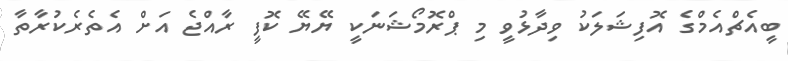
ބީއެޗްއެމްގެ އޮފިޝަލަކު ވިދާޅުވީ މި ޕްރޮމޯޝަނަކީ ޔޭޔޭ ކޮފީ ރާއްޖެ އަށް އެތެރެކުރާތާ